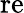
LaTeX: \mathrm{re}